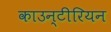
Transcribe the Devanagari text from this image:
काउन्टीरियन